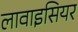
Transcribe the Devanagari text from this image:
लावाइसियर